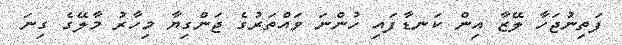
ފަތިނުޖަހާ ލޭޒާ އިން ކަނޑާފައި ހުންނަ ވައްތަރުގެ ޖަންގިޔާ މިހާރު މާލޭގެ ގިނަ